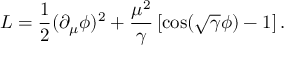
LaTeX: { \cal { L } } = \frac { 1 } { 2 } ( \partial _ { \mu } \phi ) ^ { 2 } + \frac { \mu ^ { 2 } } { \gamma } \left[ \cos ( \sqrt { \gamma } \phi ) - 1 \right] .